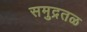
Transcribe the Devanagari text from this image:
समुद्रतळ